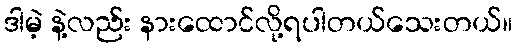
ဒါမဲ့ နဲ့လည်း နားထောင်လို့ရပါတယ်သေးတယ်။